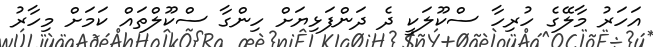
އަހަރު މާލޭގެ ހުރިހާ ސްކޫލަކީ ދެ ދަންފަޅިޔަށް ހިންގާ ސްކޫލްތައް ކަމަށް މިހާރު